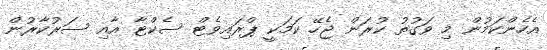
އެހެންކަމުން މި ވަގުތު ކުރަން ޖެހޭ ކަމަކީ ޕްރައިވެޓް ސެކްޓާ އާއި ސަރުކާރުން